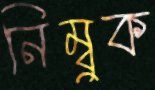
নিম্বুক